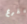
يفرغ